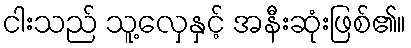
ငါးသည် သူ့လှေနှင့် အနီးဆုံးဖြစ်၏။